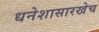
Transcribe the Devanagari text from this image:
धनेशासारखेच